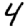
Digit: 4